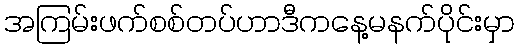
အကြမ်းဖက်စစ်တပ်ဟာဒီကနေ့မနက်ပိုင်းမှာ